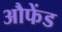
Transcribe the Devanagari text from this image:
औफेंड